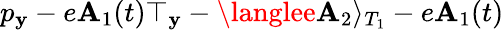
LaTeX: p_{\mathbf{y}}-e\mathbf{A}_{1}(t)\top_{\mathbf{y}}-\langlee\mathbf{A}_{2}\rangle_{T_{1}}-e\mathbf{A}_{1}(t)